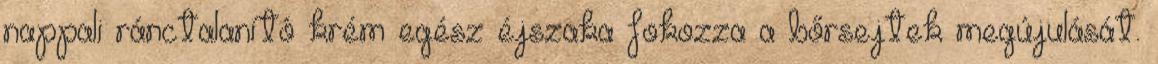
nappali ránctalanító krém egész éjszaka fokozza a bőrsejtek megújulását.